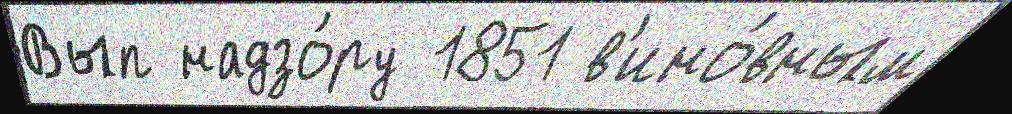
Вып надзо́ру 1851 в'ино́вным